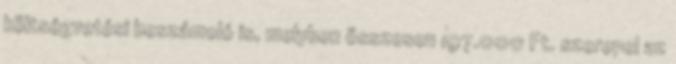
költségvetési beszámoló is, melyben összesen 197.000 Ft. szerepel az